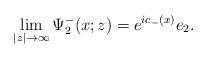
LaTeX: \begin{align*}\lim_{|z|\rightarrow\infty}\Psi^-_2(x;z)=e^{ic_-(x)}e_2.\end{align*}